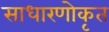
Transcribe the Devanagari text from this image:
साधारणोकृत